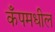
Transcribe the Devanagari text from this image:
कँपमधील